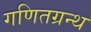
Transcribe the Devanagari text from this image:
गणितग्रन्थ